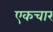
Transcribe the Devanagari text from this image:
एकचार